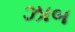
ઝાબ